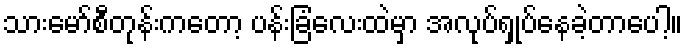
သားမော်စီတုန်းကတော့ ပန်းခြံလေးထဲမှာ အလုပ်ရှုပ်နေခဲ့တာပေါ့။